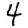
Digit: 4